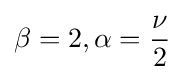
\beta =2,\alpha ={\frac {\nu }{2}}